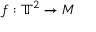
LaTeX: f : \mathbb { T } ^ { 2 } \to M